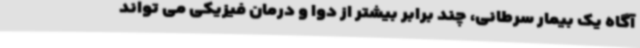
آگاه یک بیمار سرطانی، چند برابر بیشتر از دوا و درمان فیزیکی می تواند